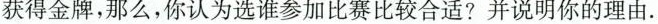
获得金牌，那么，你认为选谁参加比赛比较合适?并说明你的理由.